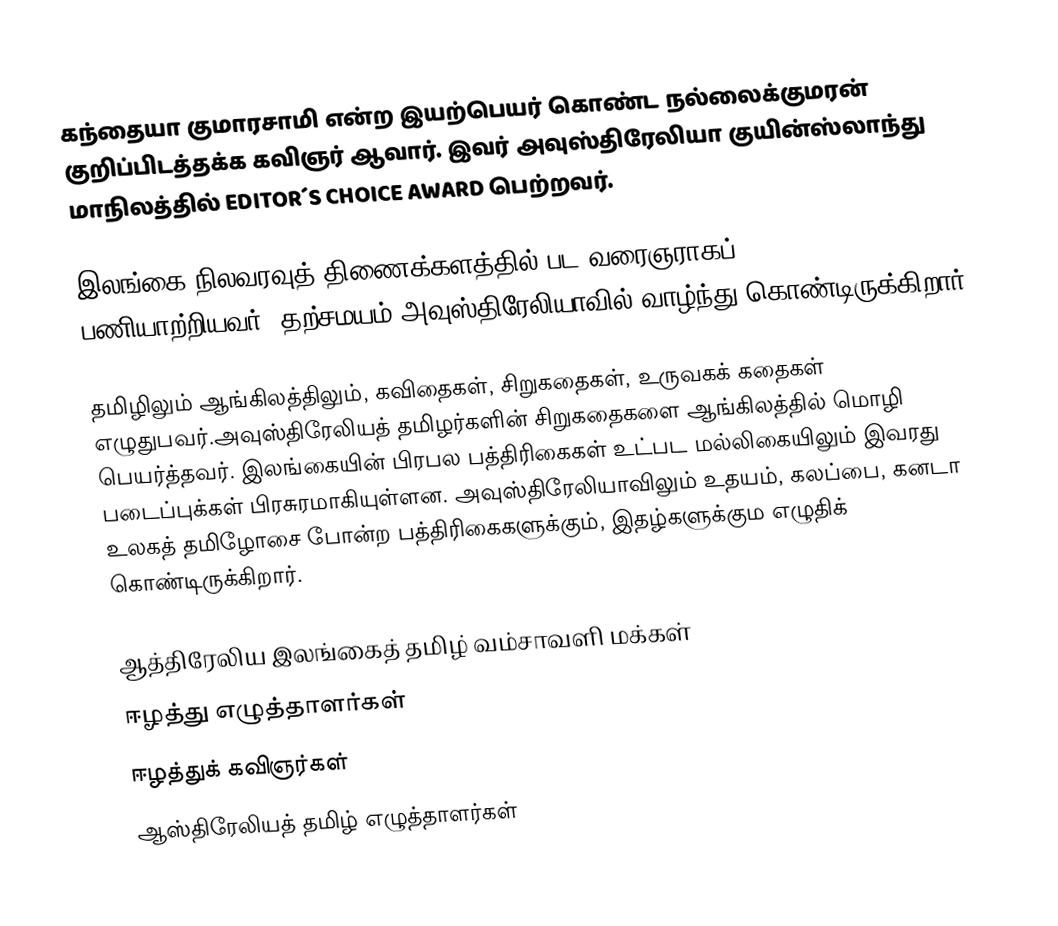
கந்தையா குமாரசாமி என்ற இயற்பெயர் கொண்ட நல்லைக்குமரன் குறிப்பிடத்தக்க கவிஞர் ஆவார்.  இவர் அவுஸ்திரேலியா குயின்ஸ்லாந்து மாநிலத்தில் EDITOR´S CHOICE AWARD பெற்றவர்.

இலங்கை நிலவரவுத் திணைக்களத்தில் பட வரைஞராகப் (1956-1982) பணியாற்றியவர். தற்சமயம் அவுஸ்திரேலியாவில் வாழ்ந்து கொண்டிருக்கிறார்.

தமிழிலும் ஆங்கிலத்திலும், கவிதைகள், சிறுகதைகள், உருவகக் கதைகள் எழுதுபவர்.அவுஸ்திரேலியத் தமிழர்களின் சிறுகதைகளை ஆங்கிலத்தில் மொழி பெயர்த்தவர். இலங்கையின் பிரபல பத்திரிகைகள் உட்பட மல்லிகையிலும் இவரது படைப்புக்கள் பிரசுரமாகியுள்ளன. அவுஸ்திரேலியாவிலும் உதயம், கலப்பை, கனடா உலகத் தமிழோசை போன்ற பத்திரிகைகளுக்கும், இதழ்களுக்கும எழுதிக் கொண்டிருக்கிறார்.

ஆத்திரேலிய இலங்கைத் தமிழ் வம்சாவளி மக்கள்
ஈழத்து எழுத்தாளர்கள்
ஈழத்துக் கவிஞர்கள்
ஆஸ்திரேலியத் தமிழ் எழுத்தாளர்கள்